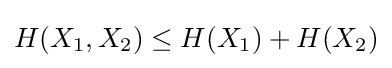
H(X_{1},X_{2})\leq H(X_{1})+H(X_{2})